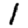
Digit: 1